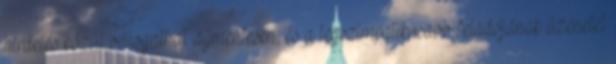
hirdetés közül válogathat díjmentesen, és a legszimpatikusabb feladójának üzenetet